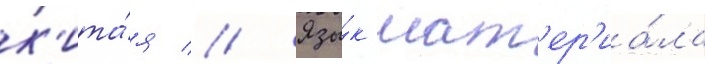
к'ита́я // Язы́к мат'ер'иа́ла